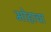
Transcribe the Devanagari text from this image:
मोहाचा